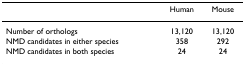
<table><thead><tr><td></td><td><b>Human</b></td><td><b>Mouse</b></td></tr></thead><tbody><tr><td>Number of orthologs</td><td>13,120</td><td>13,120</td></tr><tr><td>NMD candidates in either species</td><td>358</td><td>292</td></tr><tr><td>NMD candidates in both species</td><td>24</td><td>24</td></tr></tbody></table>